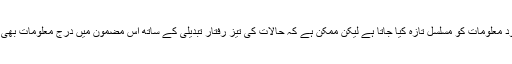
گرچہ پیش نظر مضمون میں موجود معلومات کو مسلسل تازہ کیا جاتا ہے لیکن ممکن ہے کہ حالات کی تیز رفتار تبدیلی کے ساتھ اس مضمون میں درج معلومات بھی سرعت سے از کار رفتہ ہو جائیں۔